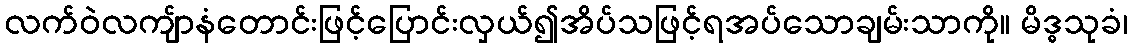
လက်ဝဲလကျ်ာနံတောင်းဖြင့်ပြောင်းလှယ်၍အိပ်သဖြင့်ရအပ်သောချမ်းသာကို။ မိဒ္ဓသုခံ၊